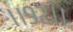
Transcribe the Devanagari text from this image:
।।९२।।